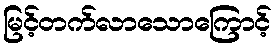
မြင့်တက်လာသောကြောင့်